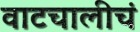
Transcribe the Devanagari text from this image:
वाटचालीचं